Vaccination returns of the Province of Eastern Bengal and Assam - 1905-1912
Year: 1905
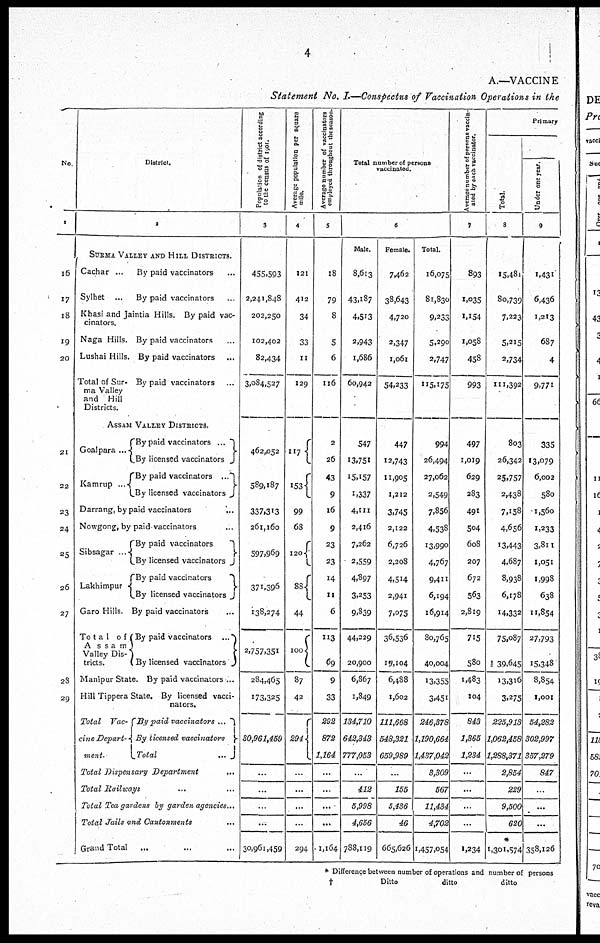
4
A.—VACCINE
Statement No. I.—Conspectus of Vaccination Operations in the
No.
1
16
17
18
19
20
21
22
23
24
25
26
27
28
29
District.
2
SURMA VALLEY AND HILL DISTRICTS.
Cachar ...
Sylhet ...
By paid vaccinators ...
By paid vaccinators ...
Khasi and Jaintia Hills. By paid vac-
cinators.
Naga Hills.
Lushai Hills.
Total of Sur-
ma Valley
and Hill
Districts.
By paid vaccinators ...
By paid vaccinators ...
By paid vaccinators ...
ASSAM VALLEY DISTRICTS.
Goal para ...
Kamrup ...
By paid vaccinators ...
By licensed vaccinators
By paid vaccinators ...
By licensed vaccinators
Darrang, by paid vaccinators
...
Nowgong, by paid vaccinators ...
Sibsagar ...
Lakhimpur
Garo Hills.
To t a l of
A s s a m
Valley Dis-
tricts.
Manipur State.
Hill Tippera State.
Total Vac-
cine Depart-
went.
By paid vaccinators
By licensed vaccinators
By paid vaccinators
By licensed vaccinators
By paid vaccinators ...
By paid vaccinators ...
By licensed vaccinators
By paid vaccinators ...
By licensed vacci-
nators.
By paid vaccinators ...
By licensed vaccinators
Total
...
Total Dispensary Department
...
Total Railways
Total Tea gardens by garden agencies...
Total Jails and Cantonments
Grand Total
...
Population of district according
to the census of 1901.
3
455,593
2,241,848
202,250
102,402
82,434
3,084,527
462,052
589,187
337,313
261,160
597,969
371,396
138,274
2,757,351
284,465
173,325
30,961,459
...
...
...
...
30,961,459
Average population per square
mile.
4
121
412
34
33
11
129
117
153
99
68
120
88
44
100
87
42
294
...
...
...
...
294
Average number of vaccinators
employed throughout the season
5
18
79
8
5
6
116
2
26
43
9
16
9
23
23
14
11
6
113
69
9
33
292
872
1,164
...
...
...
...
1,164
Total number of persons
vaccinated.
6
Male.
8,613
43,187
4,513
2,943
1,686
60,942
547
13,751
15,157
1,337
4,111
2,416
7,262
2,559
4,897
3,253
9,839
44,229
20,900
6,867
1,849
134,710
642,343
777,053
...
412
5,998
4,656
788,119
Female.
7,462
38,643
4,720
2,347
1,061
54,233
447
12,743
11,905
1,212
3,745
2,122
6,726
2,208
4,514
2,941
7,075
36,536
19,104
6,488
1,602
111,668
548,321
659,989
...
155
5,436
46
665,626
Total.
16,075
81,830
9,233
5,290
2,747
115,175
994
26,494
27,062
2,549
7,856
4,538
13,990
4,767
9,411
6,194
16,914
80,765
40,004
13,355
3,451
246,378
1,190,664
1,437,042
3,309
567
11,434
4,702
1,457,054
Average number of persons vaccin-
ated by each vaccinator.
7
893
1,035
1,154
1,058
458
993
497
1,019
629
283
491
504
608
207
672
563
2,819
715
580
1,483
104
843
1,365
1,234
...
...
...
1,234
Primary
Total.
8
15,481
80,739
7,223
5,215
2,734
111,392
803
26,342
25,757
2,438
7,158
4,656
13,443
4,687
8,938
6,178
14,332
75,087
39,645
13,316
3.275
225,913
1,062,458
1,288,371
2,854
229
9,500
620
*
1,301,574
Under one year.
9
1,431
6,436
1,213
687
4
9,771
335
13,079
6,002
580
1,560
1,233
3,811
1,051
1,998
638
11,854
27,793
15,348
8,854
1,001
54,282
302,997
357,279
847
...
...
358,126
* Difference between number of operations and number of persons
†
Ditto
ditto
ditto